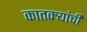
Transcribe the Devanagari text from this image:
कातक्र्‍यांची